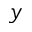
y